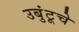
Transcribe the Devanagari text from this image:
उबुंटूचे